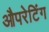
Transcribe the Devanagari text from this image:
औपरेटिंग